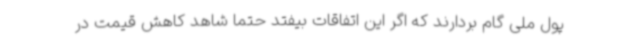
پول ملی گام بردارند که اگر این اتفاقات بیفتد حتما شاهد کاهش قیمت در